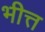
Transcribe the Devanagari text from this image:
भीत्त